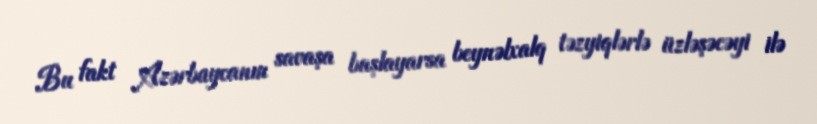
Bu fakt Azərbaycanın savaşa başlayarsa beynəlxalq təzyiqlərlə üzləşəcəyi ilə